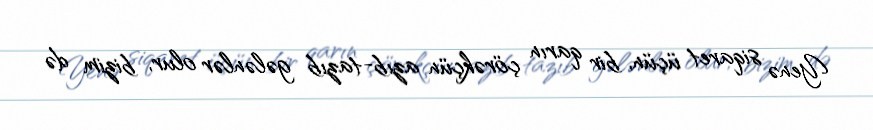
Yenə siqaret üçün, bir qarın çörəkçün azıb-tazıb gələnlər olur, bizim də